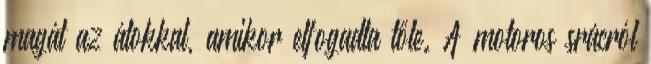
magát az átokkal, amikor elfogadta tőle. A motoros srácról